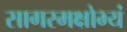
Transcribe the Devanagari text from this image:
सागरमक्षोभ्यं